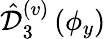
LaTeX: \hat{\mathcal D}_{3}^{(v)}\left(\phi_{y}\right)